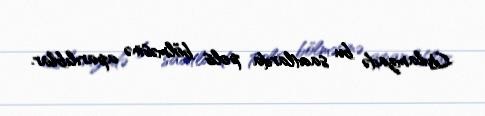
Qulamzadə bu saatlarda polis bölməsinə aparılıblar.